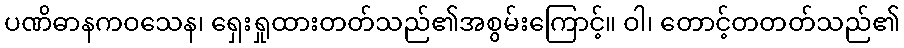
ပဏိဓာနကဝသေန၊ ရှေးရှုထားတတ်သည်၏အစွမ်းကြောင့်။ ဝါ၊ တောင့်တတတ်သည်၏